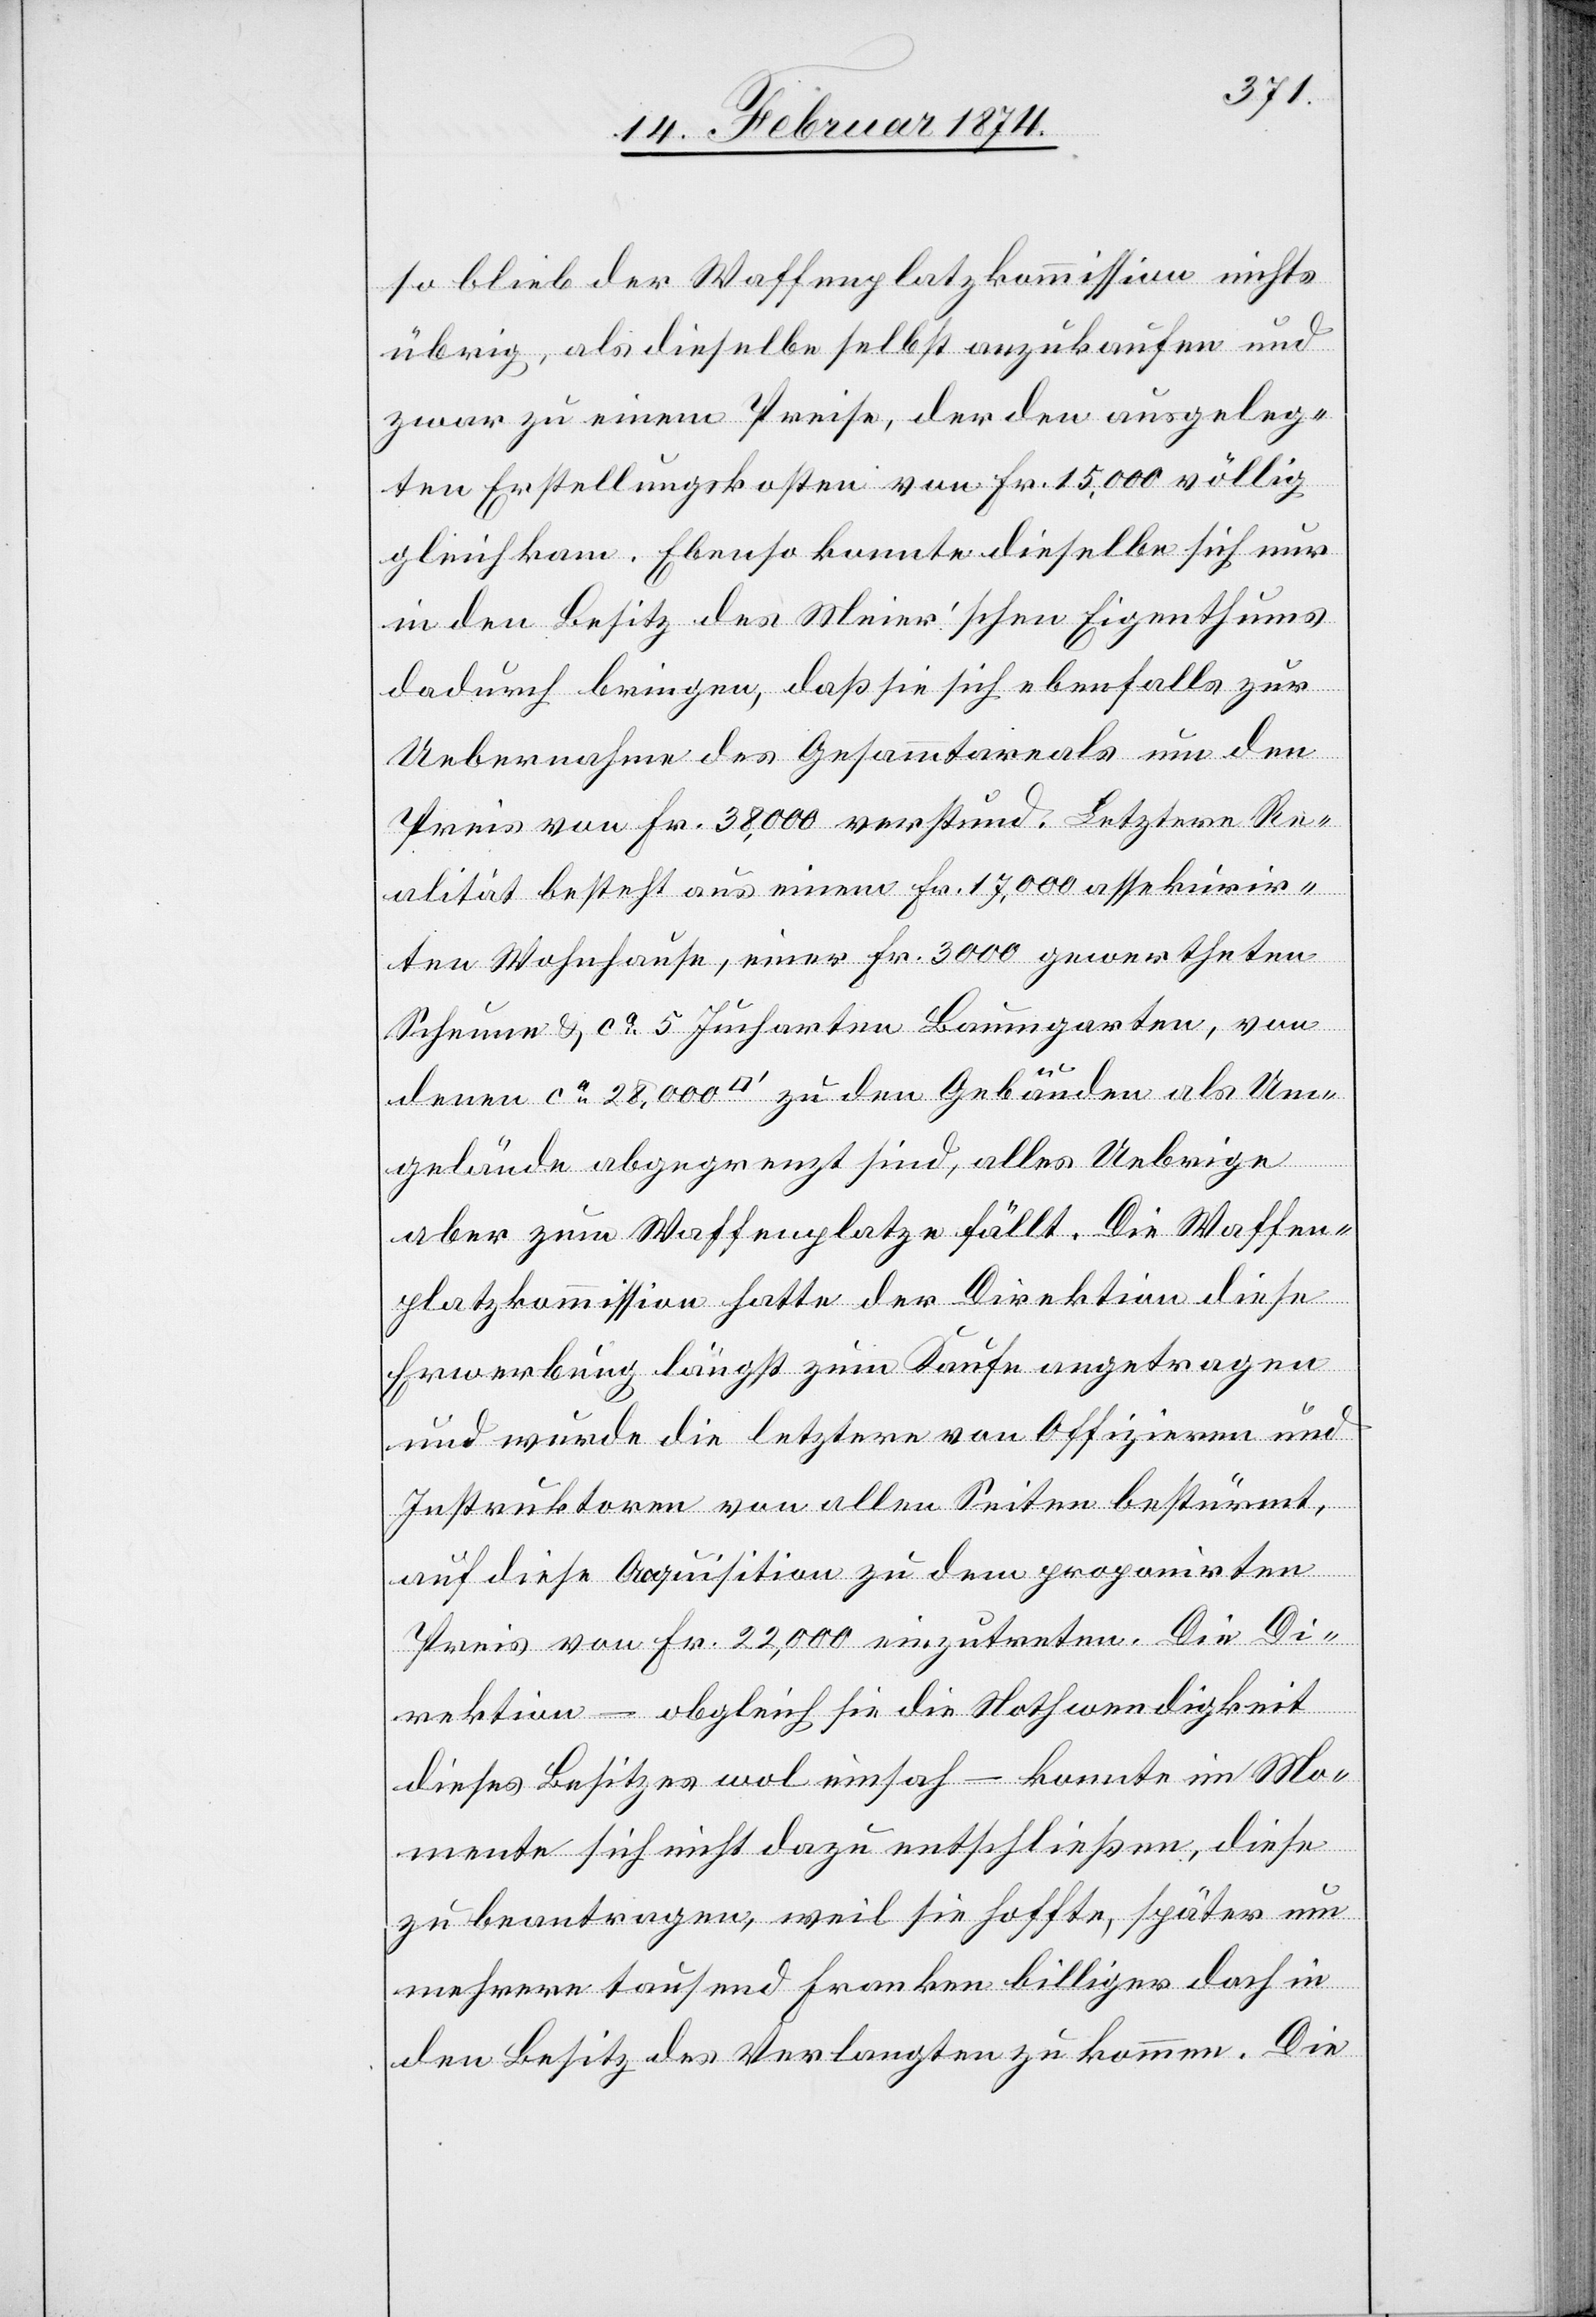
so blieb der Waffenplatzkommission nichts
übrig, als dieselbe selbst anzukaufen und
zwar zu einem Preise, der den ausgeleg¬
ten Erstellungskosten von Fr. 15,000 völlig
gleichkam. Ebenso konnte dieselbe sich nur
in den Besitz des Meier’schen Eigenthums
dadurch bringen, daß sie sich ebenfalls zur
Uebernahme des Gesammtareals um den
Preis von Fr. 38,000 verstund. Letztere Re¬
alität besteht aus einem Fr. 17,000 assekurir¬
ten Wohnhause, einer Fr. 3000 gewertheten
Scheune u. ca 5 Jucharten Baumgarten, von
denen ca 28,000 [Quadratfuß] zu den Gebäuden als Um¬
gelände abgegrenzt sind, alles Uebrige
aber zum Waffenplatze fällt. Die Waffen¬
platzkommission hatte der Direktion diese
Erwerbung längst zum Kaufe angetragen
und wurde die letztere von Offizieren und
Instruktoren von allen Seiten bestürmt,
auf diese Aquisition zu dem proponirten
Preis von Fr. 22,000 einzutreten. Die Di¬
rektion – obgleich sie die Nothwendigkeit
dieses Besitzes wol einsah – konnte im Mo¬
mente sich nicht dazu entschließen, diese
zu beantragen, weil sie hoffte, später um
mehrere Tausend Franken billiger doch in
den Besitz des Verlangten zu kommen. Die